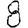
Digit: 8